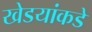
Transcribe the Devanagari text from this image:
खेडयांकडे